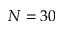
N = 3 0